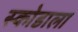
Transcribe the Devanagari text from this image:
स्कोडाला